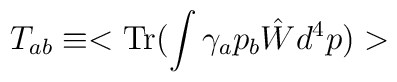
T_{ab} \equiv  <{\rm Tr}(\int \gamma_a p_b\hat{W} d^4p)>